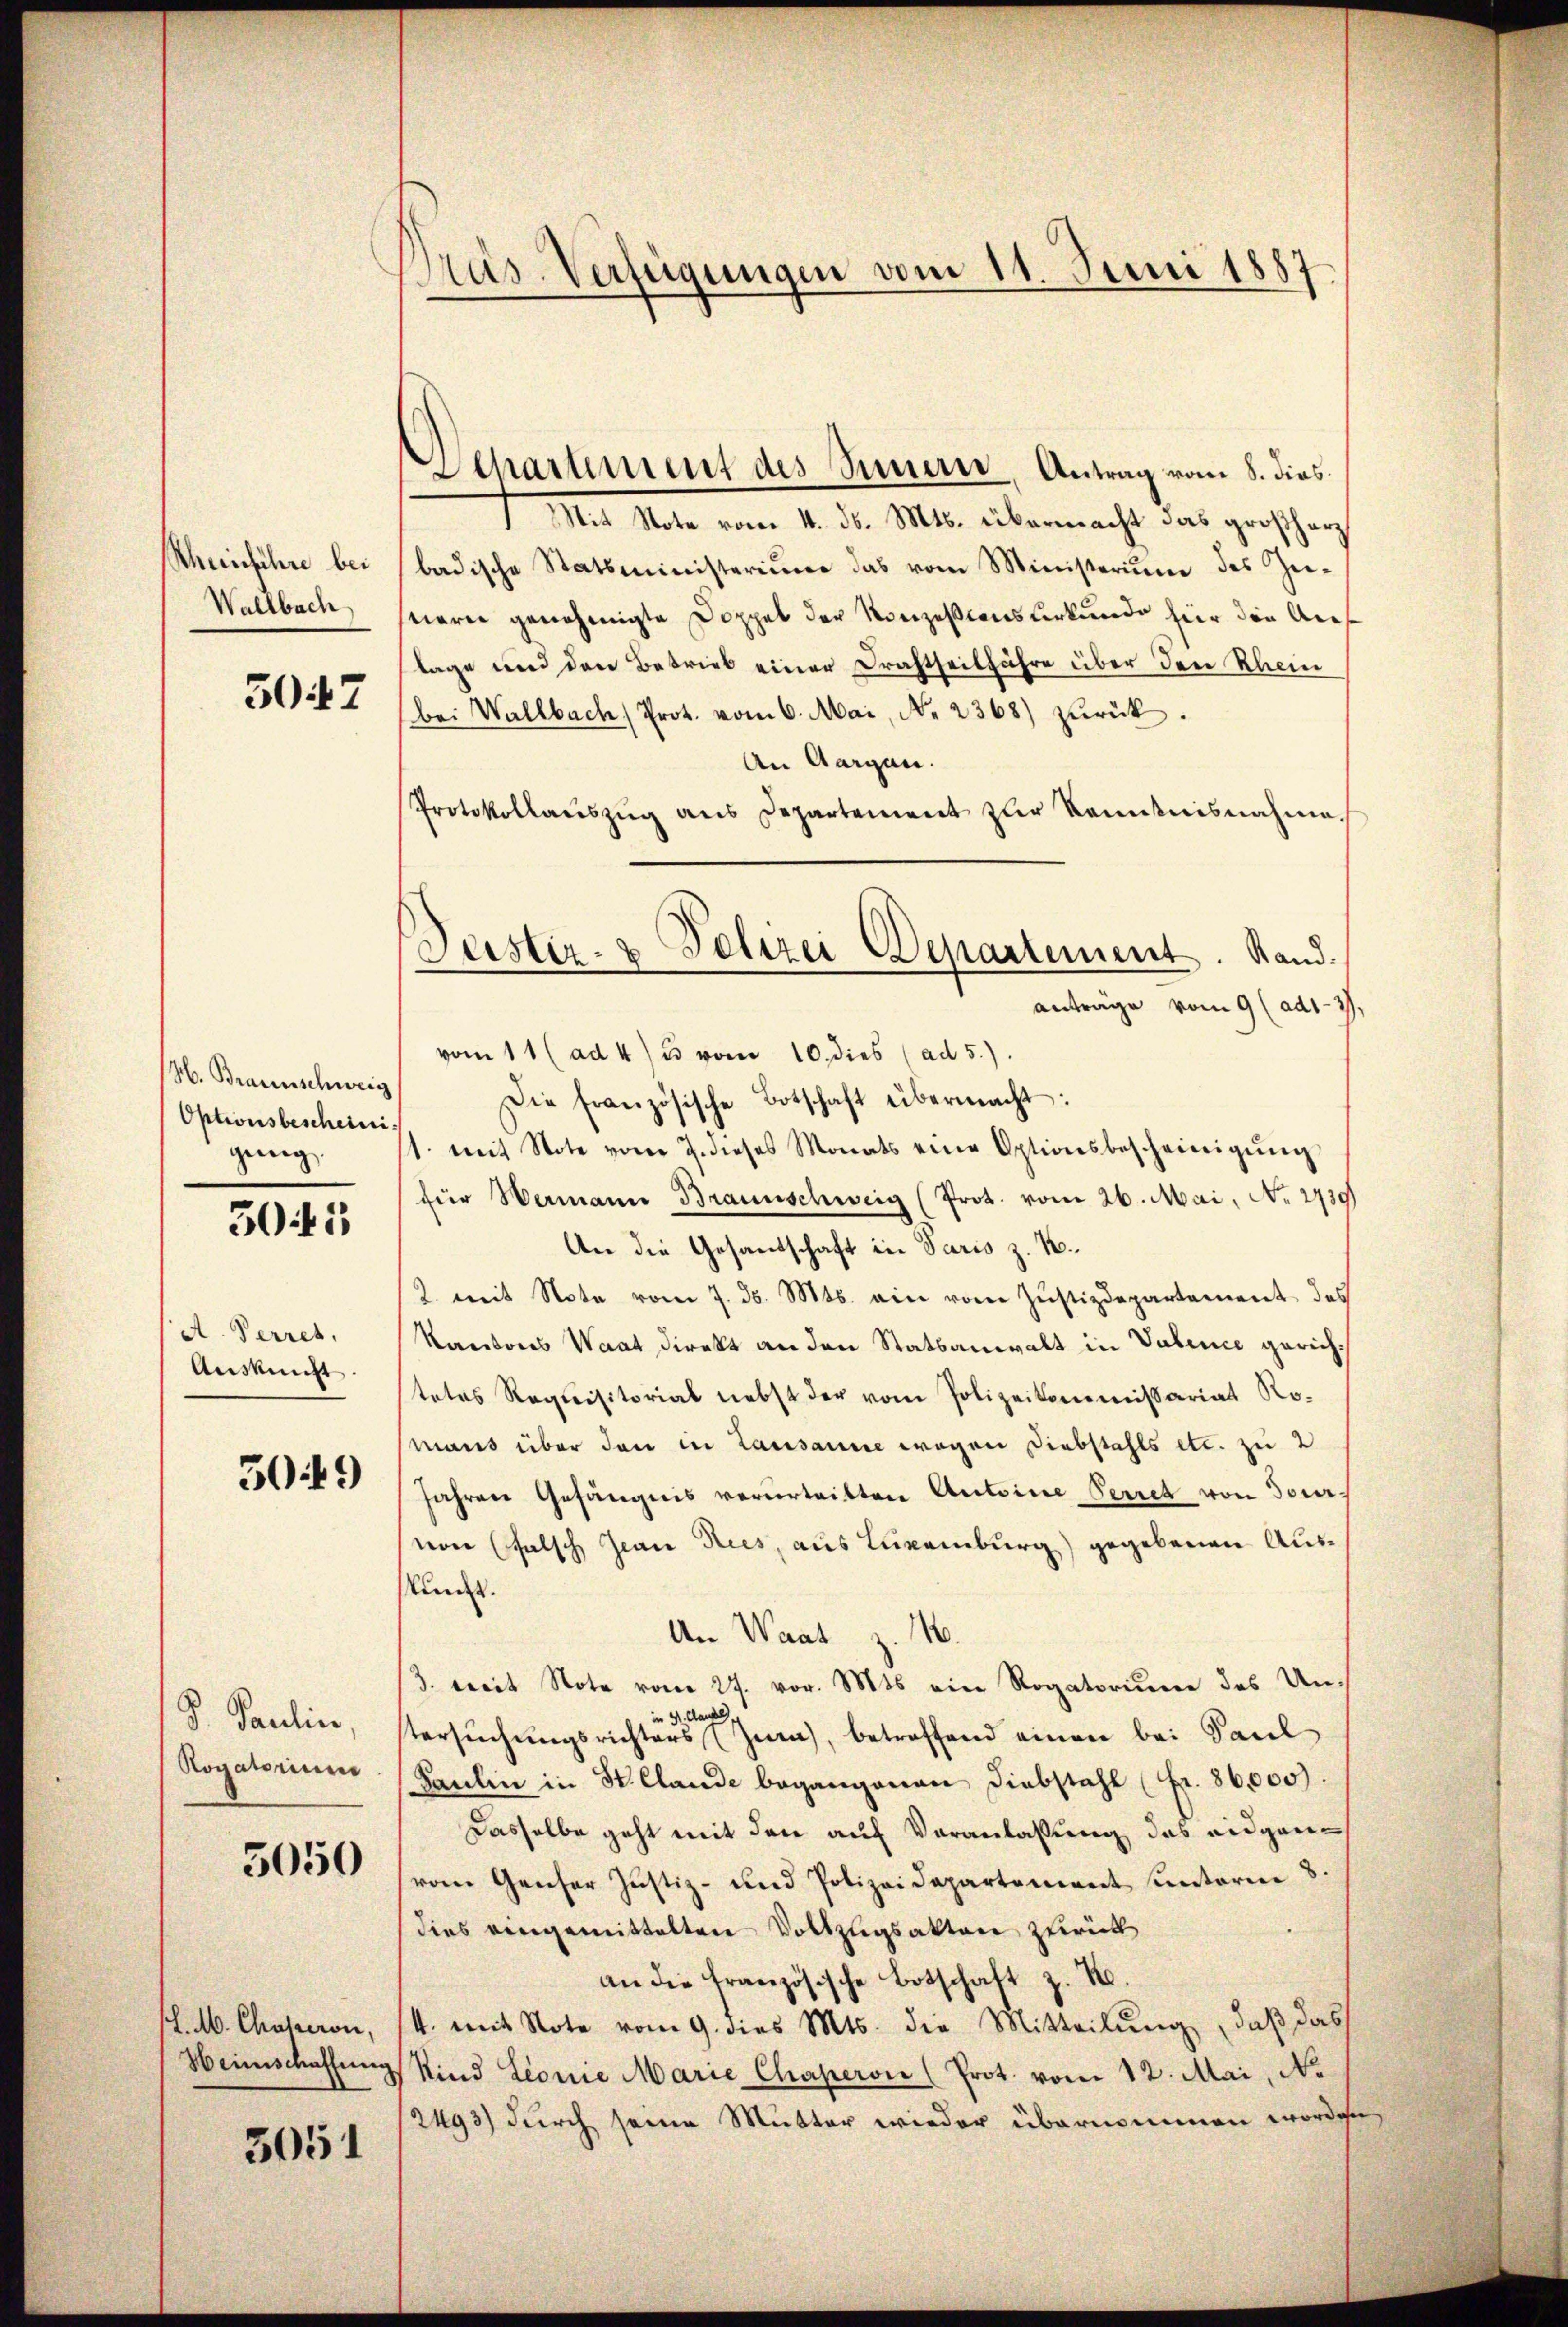
Scheinführe bei
Wallbach

3047

H. Braunschweig
Optionsbescheini
genug.

30 15

A. Perret,
Auskunft

3049

V. Pauline,
Rogatorium

5050

L.M. Chaperon,
Weinschaffung

5051

Prus-Verfügungen vom 11. Juni 1887.

Scharument des Innern, Antrag vom 8. dies

Mit Note vom 4. d. Mts. übermacht das großherz
badische Statsministerium das vom Ministerium des Zustieren genehmigte Doppel der Konzessionsurkunde hier die Ans
lage und den Betrieb einer Drahtheilfahre über den Rhein
bei Wallbach Prot. vom 6. Mai, No. 2368) zŭrück.
An Aargau.
Protokollaŭszŭg aŭs Departement zŭr Kenntnisnahme.
vom 11 (ad 4) u vom 10. dies (ad 5.)
Die französische Botschaft übermacht:
t. mit Note vom 7. dieses Monats eine Optionsbescheinigŭng
für Wermann Braunschweig (Prot. vom 26. Mai, No. 2739)
An die Gesandschaft in Paris z. B.
2. mit Note vom 7. d. Mts. ein vom Justizdepartement des
Kantons Waat direkt an den Statsanwalt in Valence gerichtetes Requisitorial nebst der vom Polizeikommissariat Romans über den in Lausanne wegen Diebstahls etc. zu 2
Jahren Gefängnis verurtritten Antoine Perret von Socr
von falsch Jean Ries, aus Luxenburg) gegebenen Auskunt.
1
An Waat
3. weit Note vom 27. vor. Mts ein Rogatorum des Unin St. Ganze
stersuchungsrichters (Zum, betreffend einen bei Paul
Paulin in St. Claude begangenen Diebstahl (Fr. 86,000
Dasselbe geht mit den auf Veranlassung des eidgenvom Genser Justiz- und Polizeidepartement unterm 8.
dies vergemittelten Vollzugsakten zurück
an die französische Botschaft z. B.
4. mit Note vom 9. dies Mts. die Mitteilŭng, daß das
Kind Lionie Marie Chaperon (Prot. vom 12. Mai, No
2493) durch seine Mutter wieder übernommen worden

Geistir- & Polizei Departement. Stand.
anträge vom 9 (ad1-37,